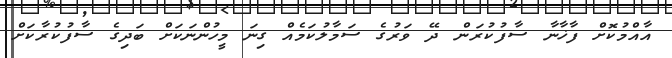
އާއްމުކޮށް ފާޚާނާ ސާފުކުރަން ދޭ ވަރުގެ ސަމާލުކަމެއް ގިނަ މީހުންނަކަށް ބަދިގެ ސާފުކުރާކަށް